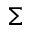
\Sigma